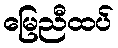
မြေညီထပ်